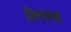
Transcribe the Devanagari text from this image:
प्रेमरस